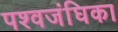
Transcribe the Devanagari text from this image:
पश्वजंघिका